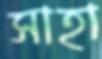
সাহা